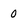
Character: 0